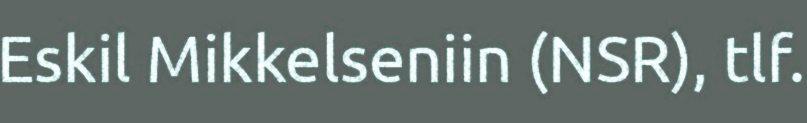
Eskil Mikkelseniin (NSR), tlf.